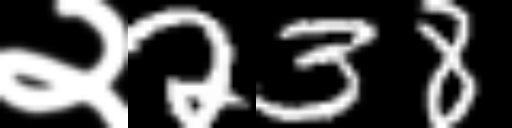
Text: २238